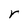
Character: r